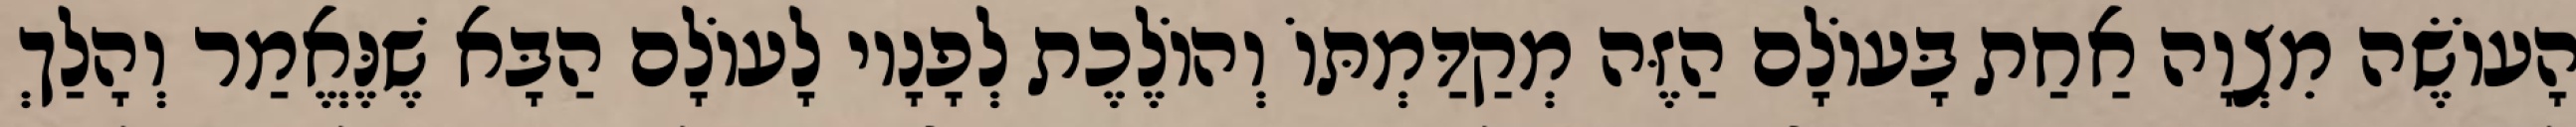
הָעוֹשֶׂה מִצְוָה אַחַת בָּעוֹלָם הַזֶּה מְקַדַּמְתּוֹ וְהוֹלֶכֶת לְפָנָיו לָעוֹלָם הַבָּא שֶׁנֶּאֱמַר וְהָלַךְ